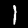
Digit: 1